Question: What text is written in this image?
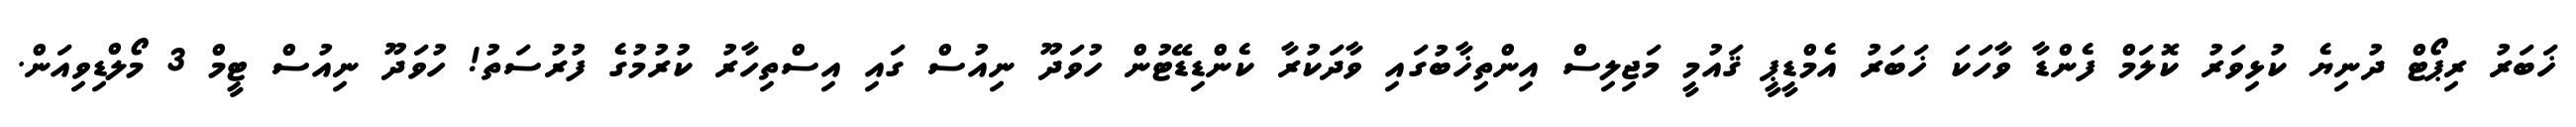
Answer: ޚަބަރު ރިޕޯޓް ދުނިޔެ ކުޅިވަރު ކޮލަމް ފެންޑާ ވާހަކަ ޚަބަރު އެމްޑީޕީ ޤައުމީ މަޖިލިސް އިންތިޚާބުގައި ވާދަކުރާ ކެންޑިޑޭޓުން ހުވަދޫ ނިއުސް ގައި އިސްތިހާރު ކުރުމުގެ ފުރުސަތު! ހުވަދޫ ނިއުސް ޓީމް 3 މޯލްޑިވިއަން.